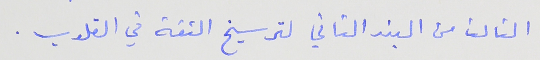
الثالث من البند الثاني لترسيخ الثقة في القلوب .